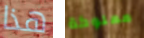
هذا مملوكة